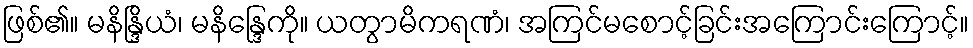
ဖြစ်၏။ မနိန္ဒြိယံ၊ မနိန္ဒြေကို။ ယတွာမိကရဏံ၊ အကြင်မစောင့်ခြင်းအကြောင်းကြောင့်။